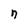
Character: n